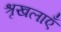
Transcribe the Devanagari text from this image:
श्रृखलाएँ